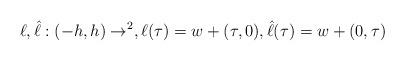
LaTeX: \begin{align*}\ell,\hat{\ell}:(-h,h)\to \real^2,\ell(\tau)=w+(\tau, 0),\hat{\ell}(\tau)=w+(0,\tau)\end{align*}